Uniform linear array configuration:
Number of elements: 12
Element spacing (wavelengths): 0.75
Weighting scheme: hamming
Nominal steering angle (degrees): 60
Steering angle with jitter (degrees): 60.042
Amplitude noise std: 0.05
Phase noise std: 0.05

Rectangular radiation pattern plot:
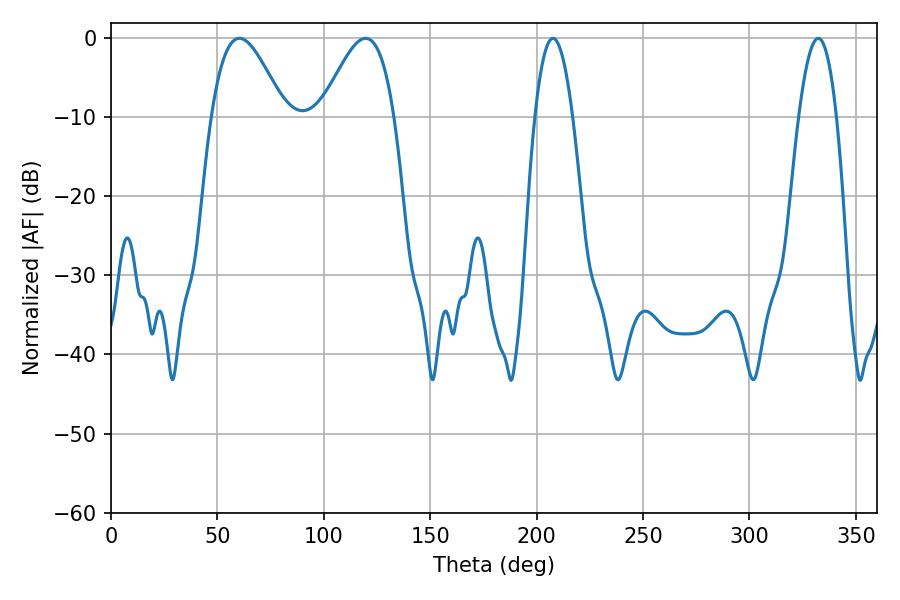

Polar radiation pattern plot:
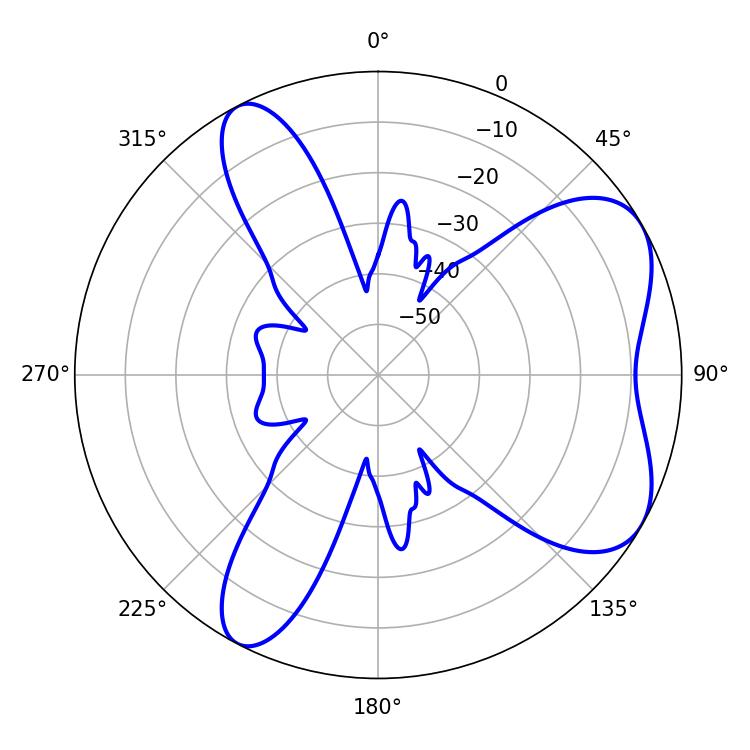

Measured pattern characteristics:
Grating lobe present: TRUE
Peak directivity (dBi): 6.219
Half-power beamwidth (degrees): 18.36
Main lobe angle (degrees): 60.3